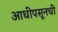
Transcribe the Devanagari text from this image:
आधीपसूनची